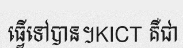
ធ្វើទៅបាន។KICT គឺជា